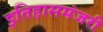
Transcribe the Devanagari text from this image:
इतिहासमंजरी